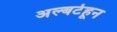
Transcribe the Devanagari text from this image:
अल्बर्टहून